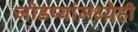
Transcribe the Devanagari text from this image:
जोडप्यांमध्येही